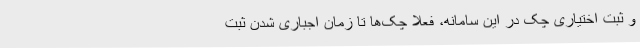
و ثبت اختیاری چک در این سامانه، فعلا چک‌ها تا زمان اجباری شدن ثبت